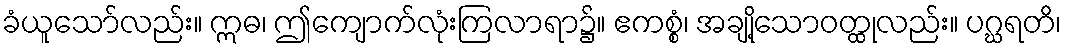
ခံယူသော်လည်း။ ဣဓ၊ ဤကျောက်လုံးကြလာရာ၌။ ဧကစ္စံ၊ အချို့သောဝတ္ထုလည်း။ ပဂ္ဃရတိ၊